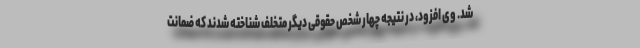
شد. وی افزود، در نتیجه چهار شخص حقوقی دیگر متخلف شناخته شدند که ضمانت